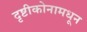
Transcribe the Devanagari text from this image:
दृष्टीकोनामधून